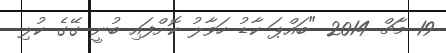
19 މާޗް 2014 "ބައްޕަ ކާޑު ހަވާލު ކޮށްފައި ބުނީ ގޭގެ ކުލި